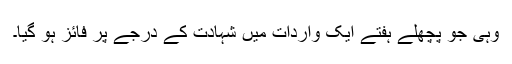
وہی جو پچھلے ہفتے ایک واردات میں شہادت کے درجے پر فائز ہو گیا۔